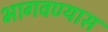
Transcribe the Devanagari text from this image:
भागवण्यास